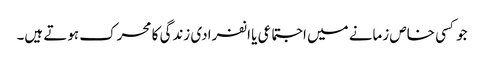
جو کسی خاص زمانے میں اجتماعی یا انفرادی زندگی کا محرک ہوتے ہیں۔